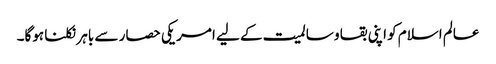
عالم اسلام کو اپنی بقا و سالمیت کے لیے امریکی حصار سے باہر نکلنا ہوگا۔